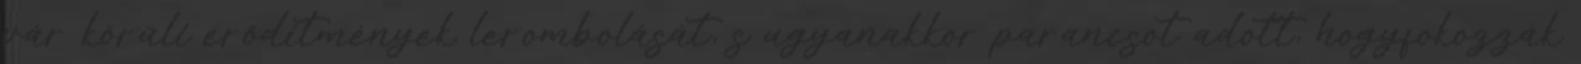
vár körüli erődítmények lerombolását, s ugyanakkor parancsot adott, hogyfokozzák